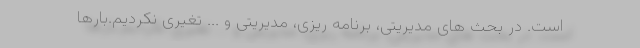
است. در بحث های مدیریتی، برنامه ریزی، مدیریتی و ... تغیری نکردیم.بارها